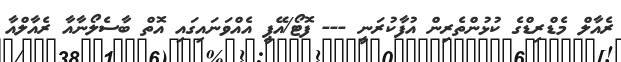
ރެއާލް މެޑްރިޑްގެ ކުޅުންތެރިން އުފާކުރަނީ --- ފޮޓޯ/އޭޕީ އެއްވަނައިގައި އޮތް ބާސެލޯނާއާ ރެއާލްއާ